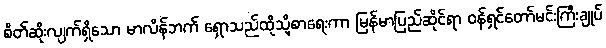
စိတ်ဆိုးလျက်ရှိသော မာလိန်ဘက် ရှောသည်ထိုသို့စာရေးကာ မြန်မာပြည်ဆိုင်ရာ ဝန်ရှင်တော်မင်းကြီးချုပ်